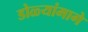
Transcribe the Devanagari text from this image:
डोळ्यांमागे